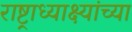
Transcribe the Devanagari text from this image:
राष्ट्राध्याक्ष्यांच्या